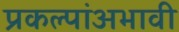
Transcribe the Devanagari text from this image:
प्रकल्पांअभावी